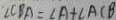
\angle C B A = \angle A + \angle A C B